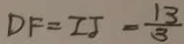
D F = Z J = \frac { 1 3 } { 3 }